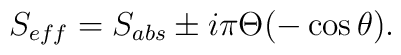
S_{eff}=S_{abs}\pm i\pi\Theta(-\cos\theta).